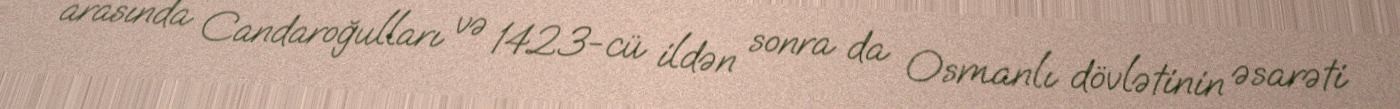
arasında Candaroğulları və 1423-cü ildən sonra da Osmanlı dövlətinin əsarəti